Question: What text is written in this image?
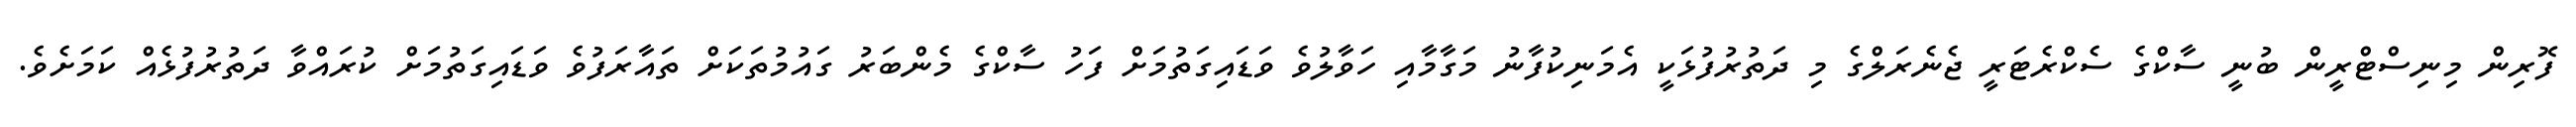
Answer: ފޮރިން މިނިސްޓްރީން ބުނީ ސާކްގެ ސެކްރެޓަރީ ޖެނެރަލްގެ މި ދަތުރުފުޅަކީ އެމަނިކުފާނު މަގާމާއި ހަވާލުވެ ވަޑައިގަތުމަށް ފަހު ސާކްގެ މެންބަރު ގައުމުތަކަށް ތައާރަފުވެ ވަޑައިގަތުމަށް ކުރައްވާ ދަތުރުފުޅެއް ކަމަށެވެ.